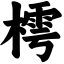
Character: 樗